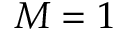
M = 1